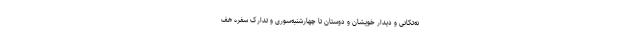
نه‌تکانی و دیدار خویشان و دوستان تا چهارشنبه‌سوری و تدارک سفره هف